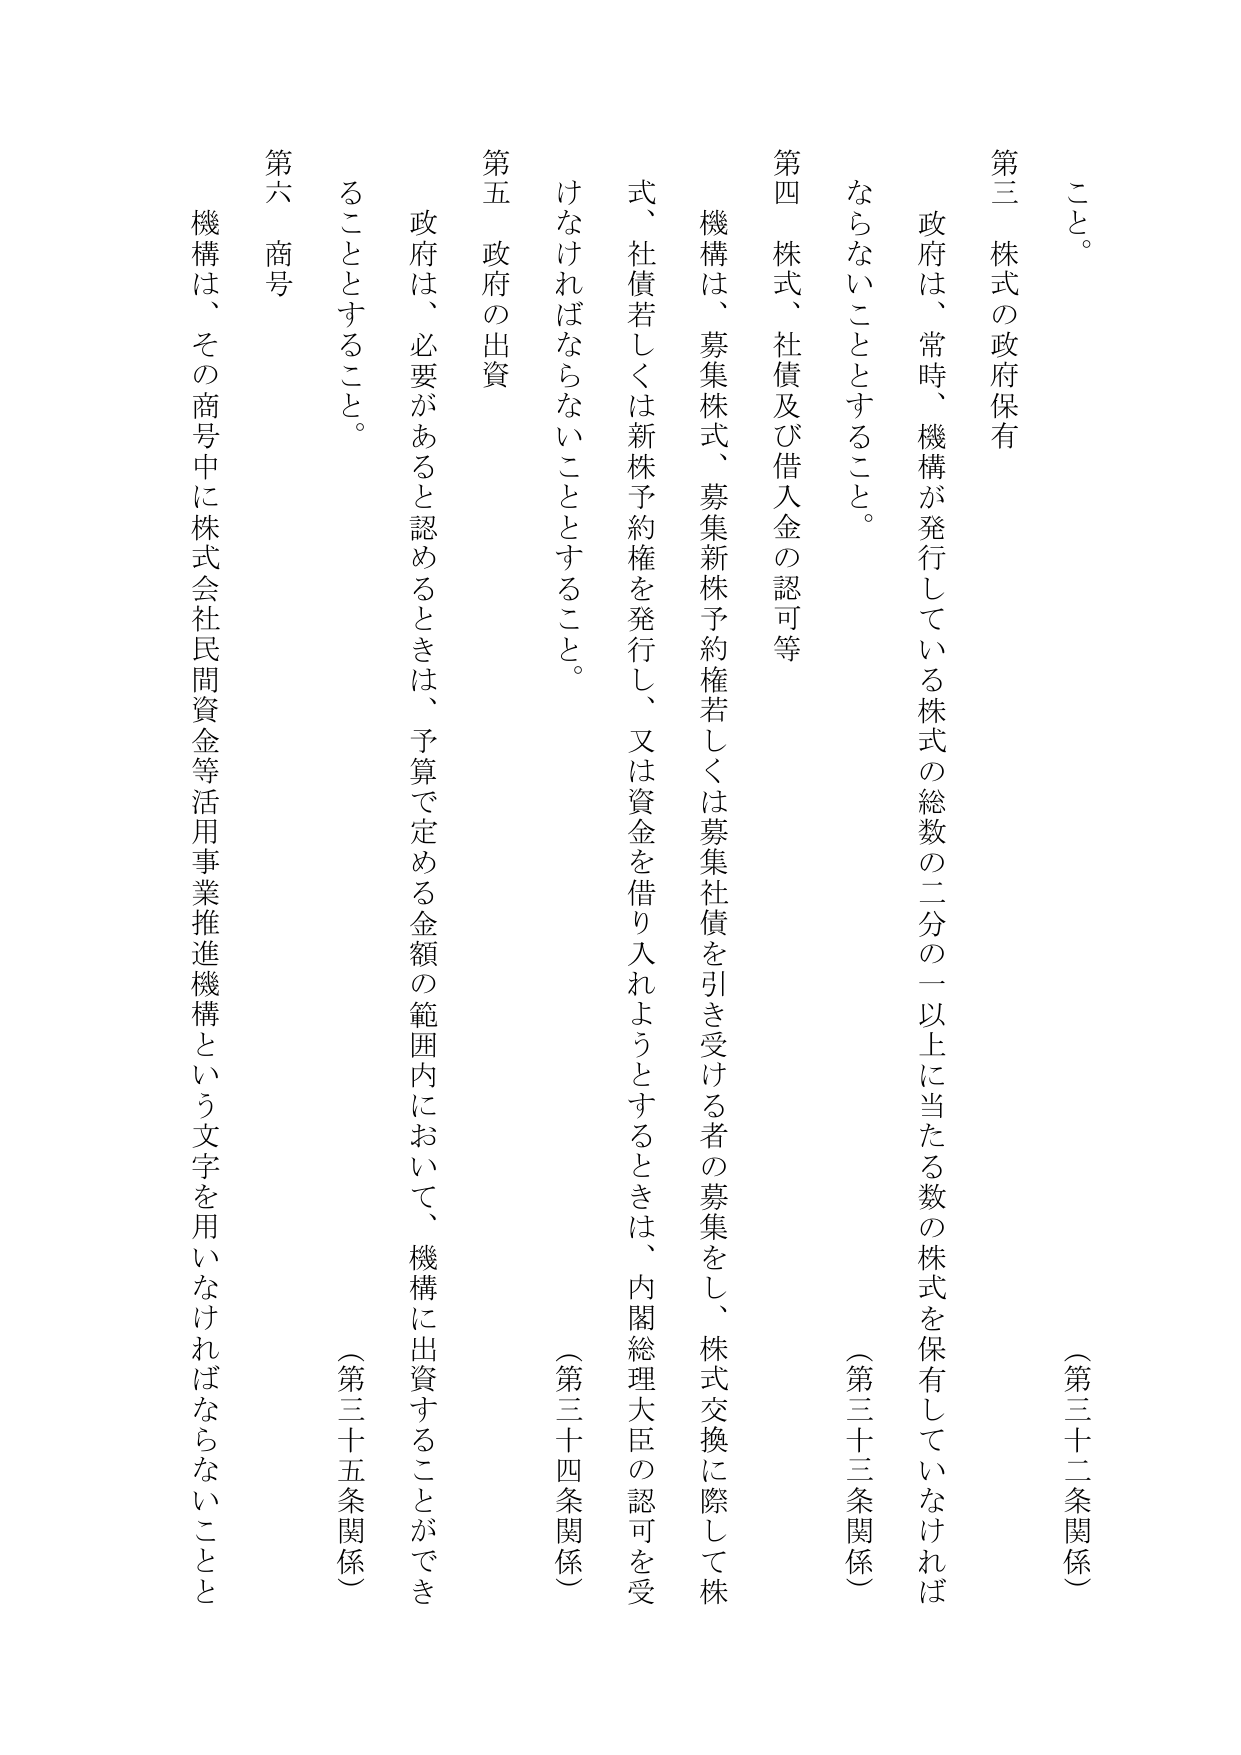
こと。

（第三十二条関係）

第三 株式の政府保有

政府は、常時、機構が発行している株式の総数の二分の一以上に当たる数の株式を保有していなければならないこととする。

（第三十三条関係）

第四 株式、社債及び借入金の認可等

機構は、募集株式、募集新株予約権若しくは募集社債を引き受ける者の募集をし、株式交換に際して株式、社債若しくは新株予約権を発行し、又は資金を借り入れようとするときは、内閣総理大臣の認可を受けなければならないこととする。

（第三十四条関係）

第五 政府の出資

政府は、必要があると認めるときは、予算で定める金額の範囲内において、機構に出資することができることとする。

（第三十五条関係）

第六 商号

機構は、その商号中に株式会社民間資金等活用事業推進機構という文字を用いなければならないことと